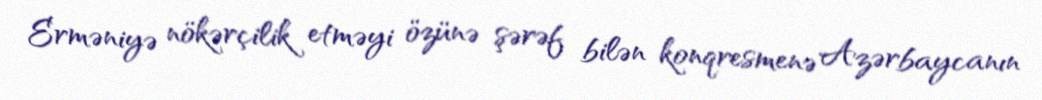
Erməniyə nökərçilik etməyi özünə şərəf bilən konqresmenə Azərbaycanın